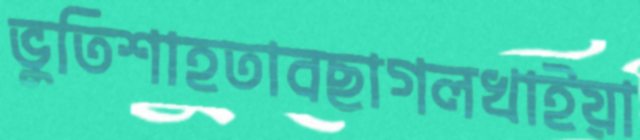
ভুতিশাহতাবছাগলখাইয়া